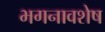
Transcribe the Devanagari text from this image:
भगनावशेष